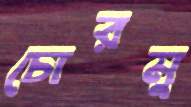
চোরমু